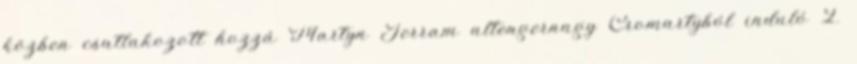
közben csatlakozott hozzá Martyn Jerram altengernagy Cromartyból induló 2.